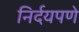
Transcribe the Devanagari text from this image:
निर्दयपणे